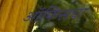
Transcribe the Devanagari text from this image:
ऑफिसचा